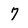
Character: 7